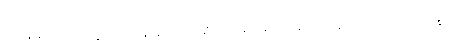
မမေ့မလျော့ကုန်သည်ဖြစ်၍။ ဝိဟရိဿာမ၊ နေကုန်အံ့။ ဣတိ၊ ဤသို့။ သိက္ခိတဗ္ဗံ၊